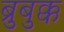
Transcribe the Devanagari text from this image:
ब्रुबुक्क